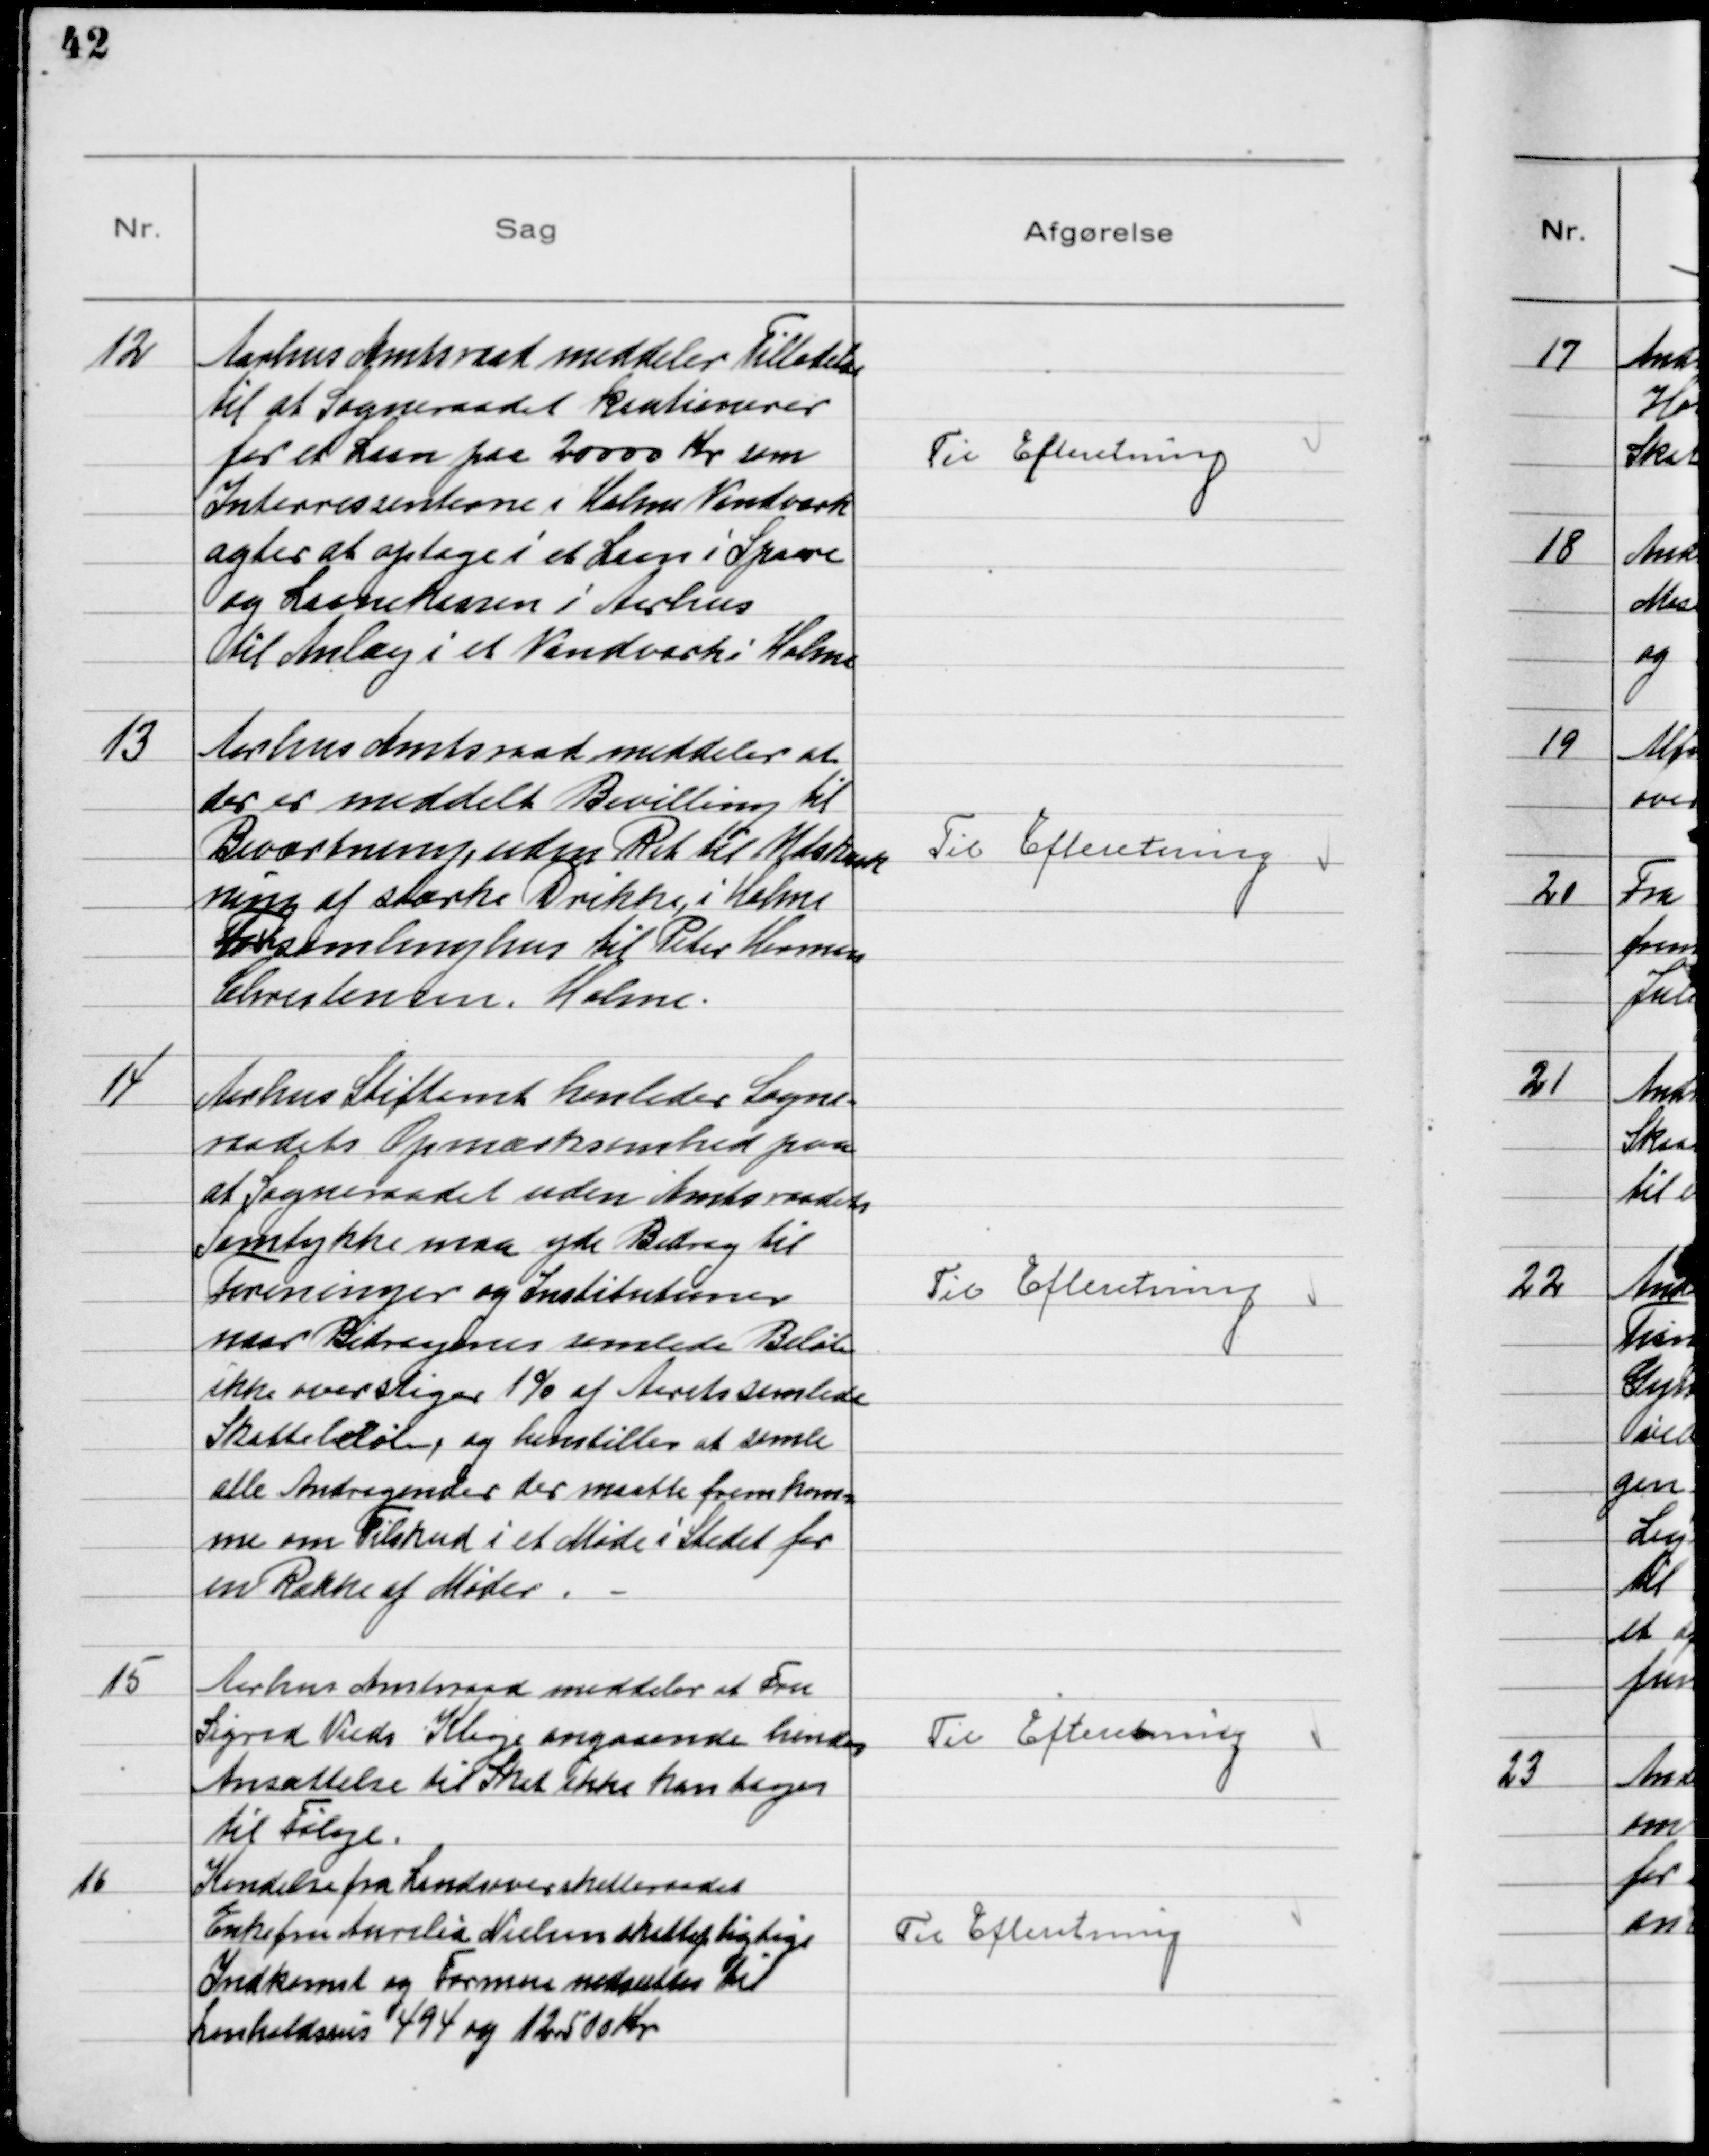
Transskription:
12
Aarhus Amtsraad meddeler Tilladelse
til at Sogneraadet kautionerer
for et Laan paa 20000 Kr som
Interessenterne i Holme Vandværk
agter at optage i et Laan i Spare
og Laanekassen i Aarhus
til Anlæg i et Vandværk i Holme

Til Efteretning

13
Aarhus Amtsraad meddeler at
der er meddelt Bevilling til
Beværtning, uden Ret til Udskænk-
ning af stærke Drikke, i Holme
Forsamlingshus til Peter Herman
Christensen, Holme

Til Efteretning

14
Aarhus Stiftamt henleder Sogne-
raadets Opmærksomhed paa
at Sogneraadet uden Amtsraadets
Samtykke maa yde Bidrag til
Foreninger og Institutioner
naar Bidragenes samlede Beløb
ikke overstiger 1% af Aarets samlede
Skattebeløb, og henstiller at samle
alle Andragender der maatte fremkom-
me om Tilskud i et Møde i Stedet for
en Række af Møder.

Til Efteretning

15
Aarhus Amtsraad meddeler at Fru
Sigrid Vieds Klage angaaende hendes
Ansættelse til Skat ikke kan tages
til Følge.

Til Efteretning

16
Kendelse fra Landsoverskatteraadet
Enkefru Aurelia Nielsen skattepligtige
Indkomst og Formue nedsattes til
henholdsvis 494 og 12500 Kr

Til Efteretning